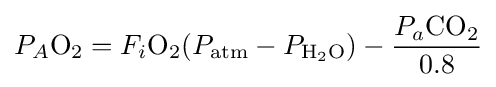
P_{A}{\mathrm {O} {\vphantom {A}}_{\smash[{t}]{2}}}=F_{i}{\mathrm {O} {\vphantom {A}}_{\smash[{t}]{2}}}(P_{\mathrm {atm} }-P_{\mathrm {H} {\vphantom {A}}_{\smash[{t}]{2}}\mathrm {O} })-{\frac {P_{a}{\mathrm {CO} {\vphantom {A}}_{\smash[{t}]{2}}}}{0.8}}